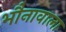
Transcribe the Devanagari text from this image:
भौनावाला